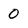
Character: 0